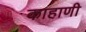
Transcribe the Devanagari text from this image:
काहाणी